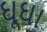
ઘૂઘા